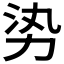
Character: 𪟛